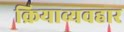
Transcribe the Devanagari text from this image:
क्रियाव्यवहार